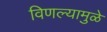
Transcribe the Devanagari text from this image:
विणल्यामुळे